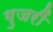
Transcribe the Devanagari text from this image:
गुजरीं